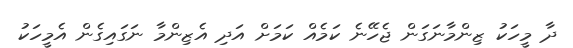
ދާ މީހަކު ޒިންމާނަގަން ޖެހޭނެ ކަމެއް ކަމަށް އަދި އެޒިންމާ ނަގައިގެން އެމީހަކު